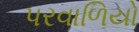
પરવાળિયો